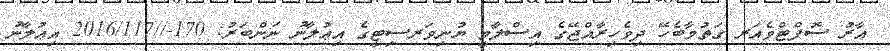
އާރު ސޮފްޓްވެއަރ ގަތުމާބެހޭ ދިވެހިރާއްޖޭގެ އިސްލާމީ ޔުނިވަރސިޓީގެ އިޢުލާނު ނަންބަރު: 170-//2016/117 އިޢުލާނު